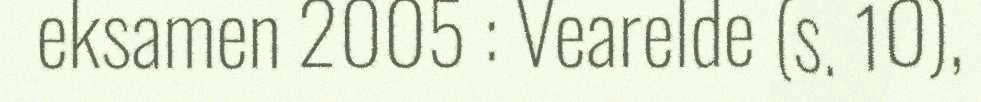
eksamen 2005 : Vearelde (s. 10),